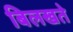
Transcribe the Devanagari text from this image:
बिलखते